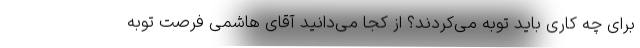
برای چه کاری باید توبه می‌کردند؟ از کجا می‌دانید آقای هاشمی فرصت توبه